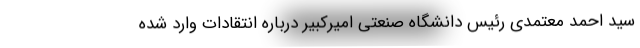
سید احمد معتمدی رئیس دانشگاه صنعتی امیرکبیر درباره انتقادات وارد شده